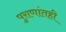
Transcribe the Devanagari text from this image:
पुराणांतही